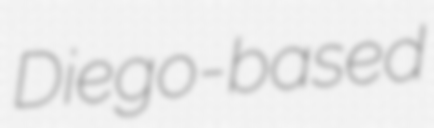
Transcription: Diego-based